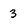
Character: 3